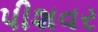
પીશવર